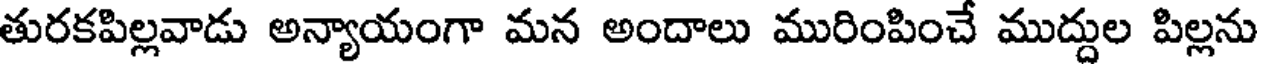
తురకపిల్లవాడు అన్యాయంగా మన అందాలు మురింపించే ముద్దుల పిల్లను